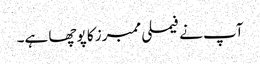
آپ نے فیملی ممبرز کا پوچھا ہے۔